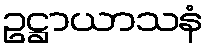
ဥဋ္ဌာယာသနံ